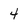
Character: 4